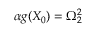
\alpha g ( X _ { 0 } ) = \Omega _ { 2 } ^ { 2 }